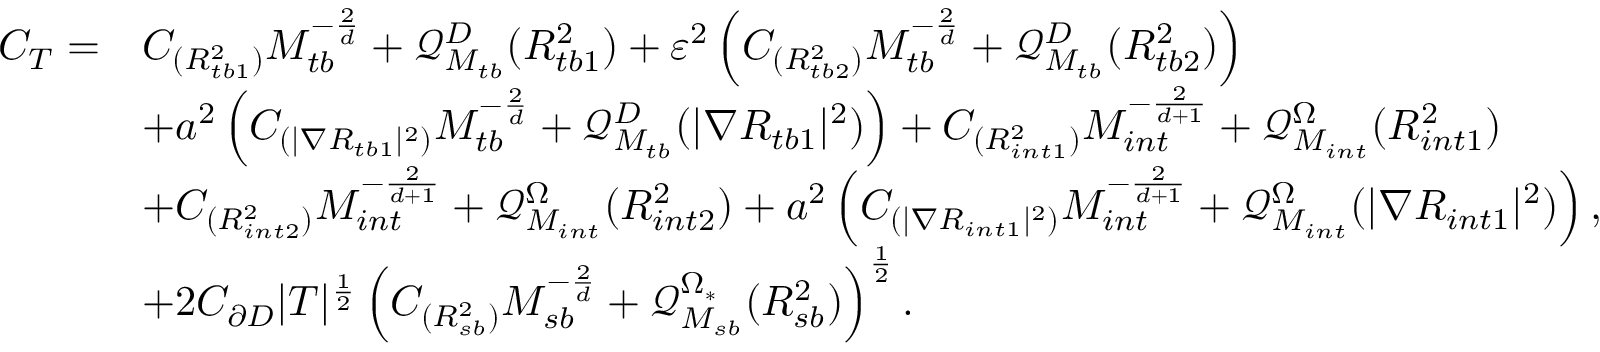
\begin{array} { r l } { C _ { T } = } & { C _ { ( { R _ { t b 1 } ^ { 2 } } ) } M _ { t b } ^ { - \frac { 2 } { d } } + \mathcal { Q } _ { M _ { t b } } ^ { D } ( R _ { t b 1 } ^ { 2 } ) + \varepsilon ^ { 2 } \left( C _ { ( { R _ { t b 2 } ^ { 2 } } ) } M _ { t b } ^ { - \frac { 2 } { d } } + \mathcal { Q } _ { M _ { t b } } ^ { D } ( R _ { t b 2 } ^ { 2 } ) \right) } \\ & { + a ^ { 2 } \left( C _ { ( | \nabla R _ { t b 1 } | ^ { 2 } ) } M _ { t b } ^ { - \frac { 2 } { d } } + \mathcal { Q } _ { M _ { t b } } ^ { D } ( | \nabla R _ { t b 1 } | ^ { 2 } ) \right) + C _ { ( { R _ { i n t 1 } ^ { 2 } } ) } M _ { i n t } ^ { - \frac { 2 } { d + 1 } } + \mathcal { Q } _ { M _ { i n t } } ^ { \Omega } ( R _ { i n t 1 } ^ { 2 } ) } \\ & { + C _ { ( { R _ { i n t 2 } ^ { 2 } } ) } M _ { i n t } ^ { - \frac { 2 } { d + 1 } } + \mathcal { Q } _ { M _ { i n t } } ^ { \Omega } ( R _ { i n t 2 } ^ { 2 } ) + a ^ { 2 } \left( C _ { ( | \nabla R _ { i n t 1 } | ^ { 2 } ) } M _ { i n t } ^ { - \frac { 2 } { d + 1 } } + \mathcal { Q } _ { M _ { i n t } } ^ { \Omega } ( | \nabla R _ { i n t 1 } | ^ { 2 } ) \right) , } \\ & { + 2 C _ { \partial D } | T | ^ { \frac { 1 } { 2 } } \left( C _ { ( { R _ { s b } ^ { 2 } } ) } M _ { s b } ^ { - \frac { 2 } { d } } + \mathcal { Q } _ { M _ { s b } } ^ { \Omega _ { * } } ( R _ { s b } ^ { 2 } ) \right) ^ { \frac { 1 } { 2 } } . } \end{array}